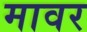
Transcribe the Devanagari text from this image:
मावर